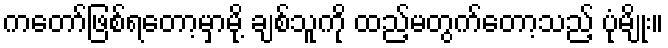
ကတော်ဖြစ်ရတော့မှာမို့ ချစ်သူကို ထည့်မတွက်တော့သည့် ပုံမျိုး။